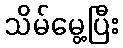
သိမ်မွေ့ပြီး